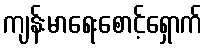
ကျန်းမာရေးစောင့်ရှောက်